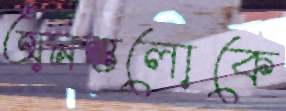
অনন্তলোকে